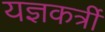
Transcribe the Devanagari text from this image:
यज्ञकर्त्री